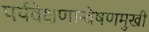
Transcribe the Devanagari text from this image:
पर्यवेक्षणान्वेषणमुखी